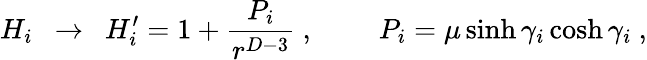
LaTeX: H_{i}\ \ \to\ \ H_{i}^{\prime}=1+{\frac{P_{i}}{r^{D-3}}}\ ,\ \ \ \ \ \ \ \ \ P_{i}=\mu\sinh\gamma_{i}\cosh\gamma_{i}\ ,